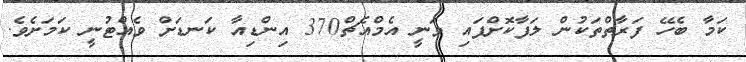
ކަމާ ބެހޭ ފަރާތްތަކުން ލަފާކޮށްފައި ވަނީ އެމްއެޗް370 އިންޑިއާ ކަނޑަށް ވެއްޓުނީ ކަމަށެވެ.